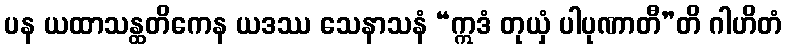
ပန ယထာသန္ထတိကေန ယဒဿ သေနာသနံ “ဣဒံ တုယှံ ပါပုဏာတီ”တိ ဂါဟိတံ